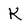
Character: K